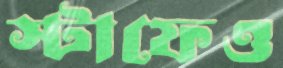
স্টাফেও